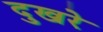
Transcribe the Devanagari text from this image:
दुखरे